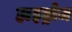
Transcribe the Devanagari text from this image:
हाइड्रोज